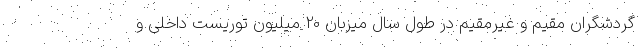
گردشگران مقیم و غیرمقیم در طول سال میزبان 20 میلیون توریست داخلی و